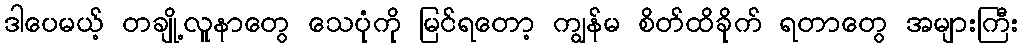
ဒါပေမယ့် တချို့လူနာတွေ သေပုံကို မြင်ရတော့ ကျွန်မ စိတ်ထိခိုက် ရတာတွေ အများကြီး